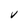
Character: V